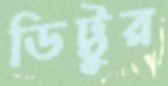
ডিট্টুর